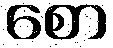
စော